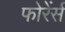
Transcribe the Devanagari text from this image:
फोरेंर्स